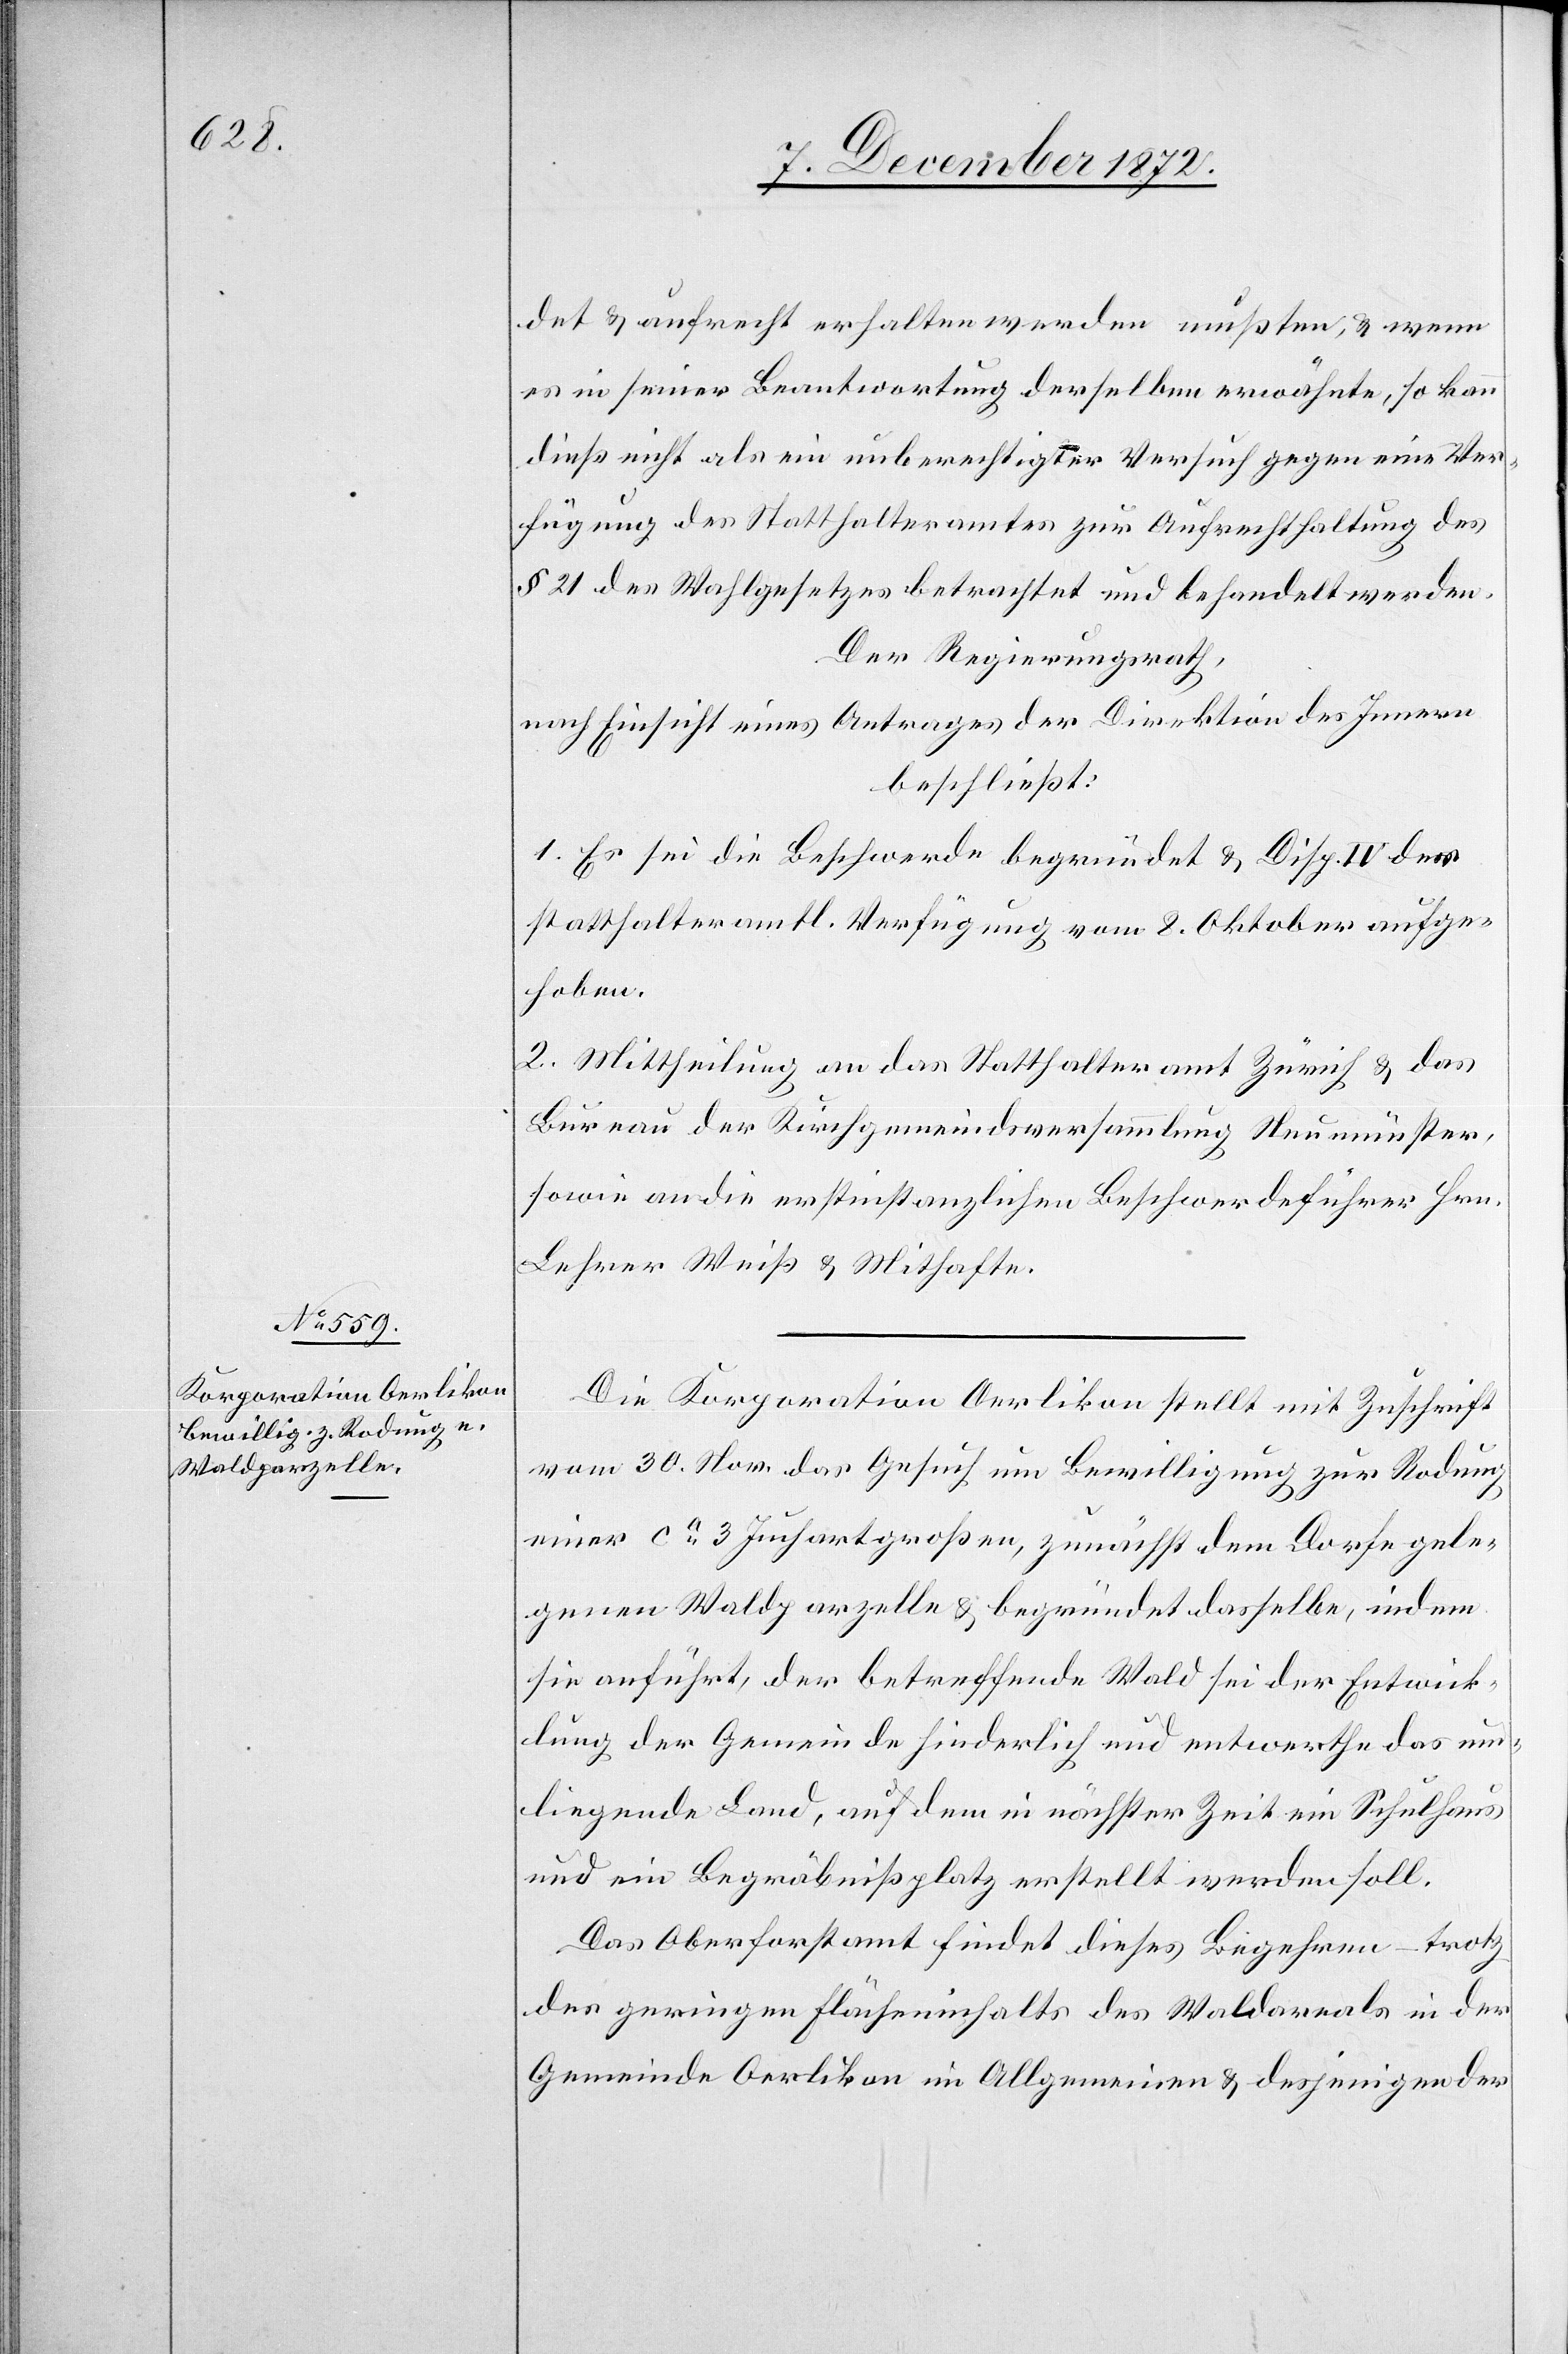
det u. aufrecht erhalten werden mußten, u. wenn
es in seiner Beantwortung derselben erwähnte, so kann
dieß nicht als ein unberechtigter Versuch gegen eine Ver¬
fügung des Statthalteramtes zur Aufrechthaltung des
§ 21 des Wahlgesetzes betrachtet und behandelt werden.
Der Regierungsrath,
nach Einsicht eines Antrages der Direktion des Innern,
beschließt:
1. Es sei die Beschwerde begründet u. Disp. IV der
statthalteramtl. Verfügung vom 8. Oktober aufge¬
hoben.
2. Mittheilung an das Statthalteramt Zürich u. das
Bureau der Kirchgemeindsversammlung Neumünster,
sowie an die erstinstanzlichen Beschwerdeführer Hrn.
Lehrer Weiß u. Mithafte.
Die Korporation Oerlikon stellt mit Zuschrift
vom 30. Nov. das Gesuch um Bewilligung zur Rodung
einer ca 3 Juchart großen, zunächst dem Dorfe gele¬
genen Waldparzelle u. begründet dasselbe, indem
sie anführt, der betreffende Wald sei der Entwick¬
lung der Gemeinde hinderlich und entwerthe das um¬
liegende Land, auf dem in nächster Zeit ein Schulhaus
und ein Begräbnißplatz erstellt werden soll.
Das Oberforstamt findet dieses Begehren – trotz
des geringen Flächeninhalts des Waldareals in der
Gemeinde Oerlikon im Allgemeinen u. desjenigen der